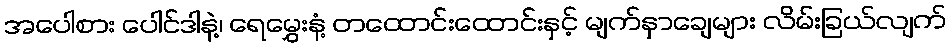
အပေါစား ပေါင်ဒါနဲ့၊ ရေမွှေးနံ့ တထောင်းထောင်းနှင့် မျက်နှာချေများ လိမ်းခြယ်လျက်